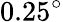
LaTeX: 0.25^{\circ}